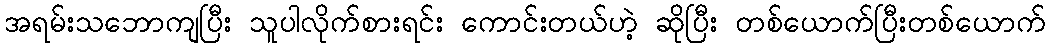
အရမ်းသဘောကျပြီး သူပါလိုက်စားရင်း ကောင်းတယ်ဟဲ့ ဆိုပြီး တစ်ယောက်ပြီးတစ်ယောက်